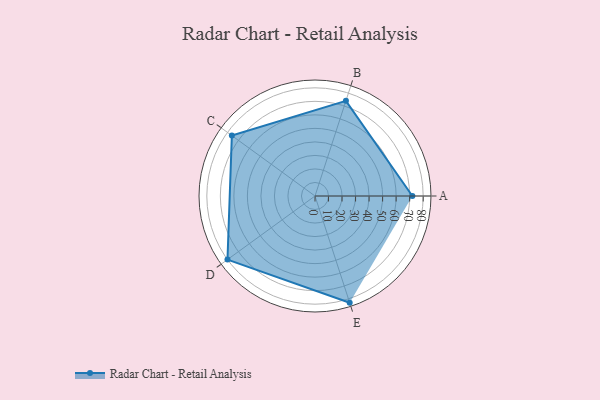
{"axis": {"x": "Skill", "y": "Score"}, "legend": ["Profile"], "data": [{"x": "A", "y": 72.0, "type": "Profile"}, {"x": "B", "y": 74.0, "type": "Profile"}, {"x": "C", "y": 76.0, "type": "Profile"}, {"x": "D", "y": 80.0, "type": "Profile"}, {"x": "E", "y": 83.0, "type": "Profile"}]}